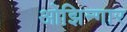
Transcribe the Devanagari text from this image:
ओझिन्गार